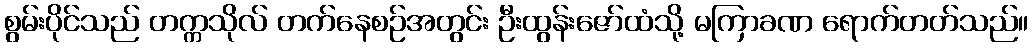
စွမ်းပိုင်သည် တက္ကသိုလ် တက်နေစဉ်အတွင်း ဦးထွန်းဇော်ထံသို့ မကြာခဏ ရောက်တတ်သည်။